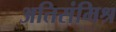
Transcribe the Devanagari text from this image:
अतिसंमिश्र